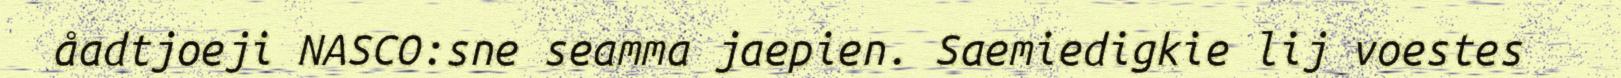
åadtjoeji NASCO:sne seamma jaepien. Saemiedigkie lij voestes